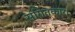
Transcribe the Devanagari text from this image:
संगितकार।